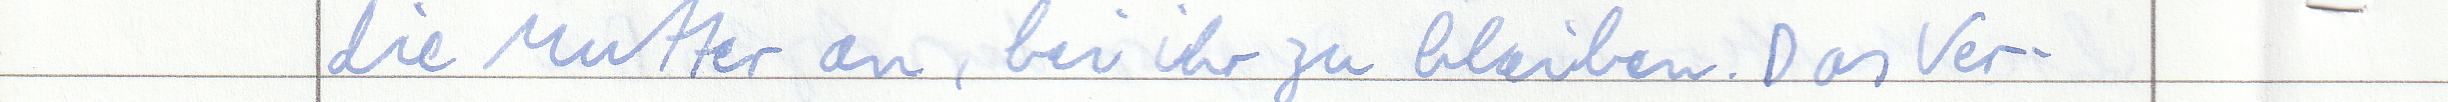
die Mutter an, bei ihr zu bleiben. Das Ver -